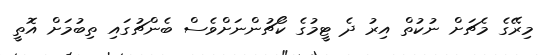
މިރޭގެ މެޗަށް ނުކުތް އިރު ދެ ޓީމުގެ ކޯޗުންނަށްވެސް ބެންޗުގައި ތިބުމަށް އޮތީ